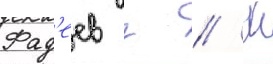
Фад'еев г // М